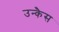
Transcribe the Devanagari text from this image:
उन्कैस